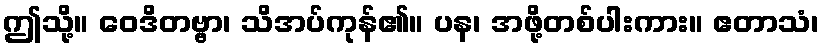
ဤသို့။ ဝေဒိတဗ္ဗာ၊ သိအပ်ကုန်၏။ ပန၊ အဖို့တစ်ပါးကား။ ဧတာသံ၊